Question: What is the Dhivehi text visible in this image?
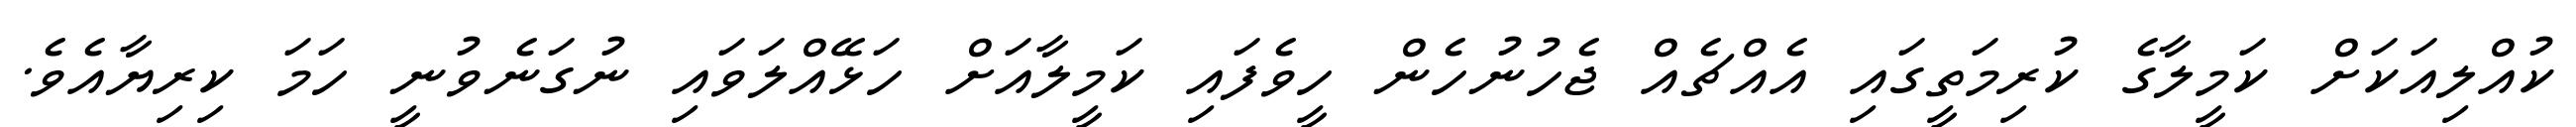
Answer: ކުއްލިއަކަށް ކަމީލާގެ ކުރިމަތީގައި އެއްޗެއް ޖެހުނުހެން ހީވެފައި ކަމީލާއަށް ހަޅޭއްލަވައި ނުގަނެވުނީ ހަމަ ކިރިޔާއެވެ.